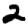
Digit: 2